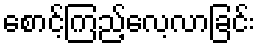
စောင့်ကြည့်လေ့လာခြင်း